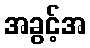
အခွင့်အ